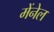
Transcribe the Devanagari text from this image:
मेंनेल